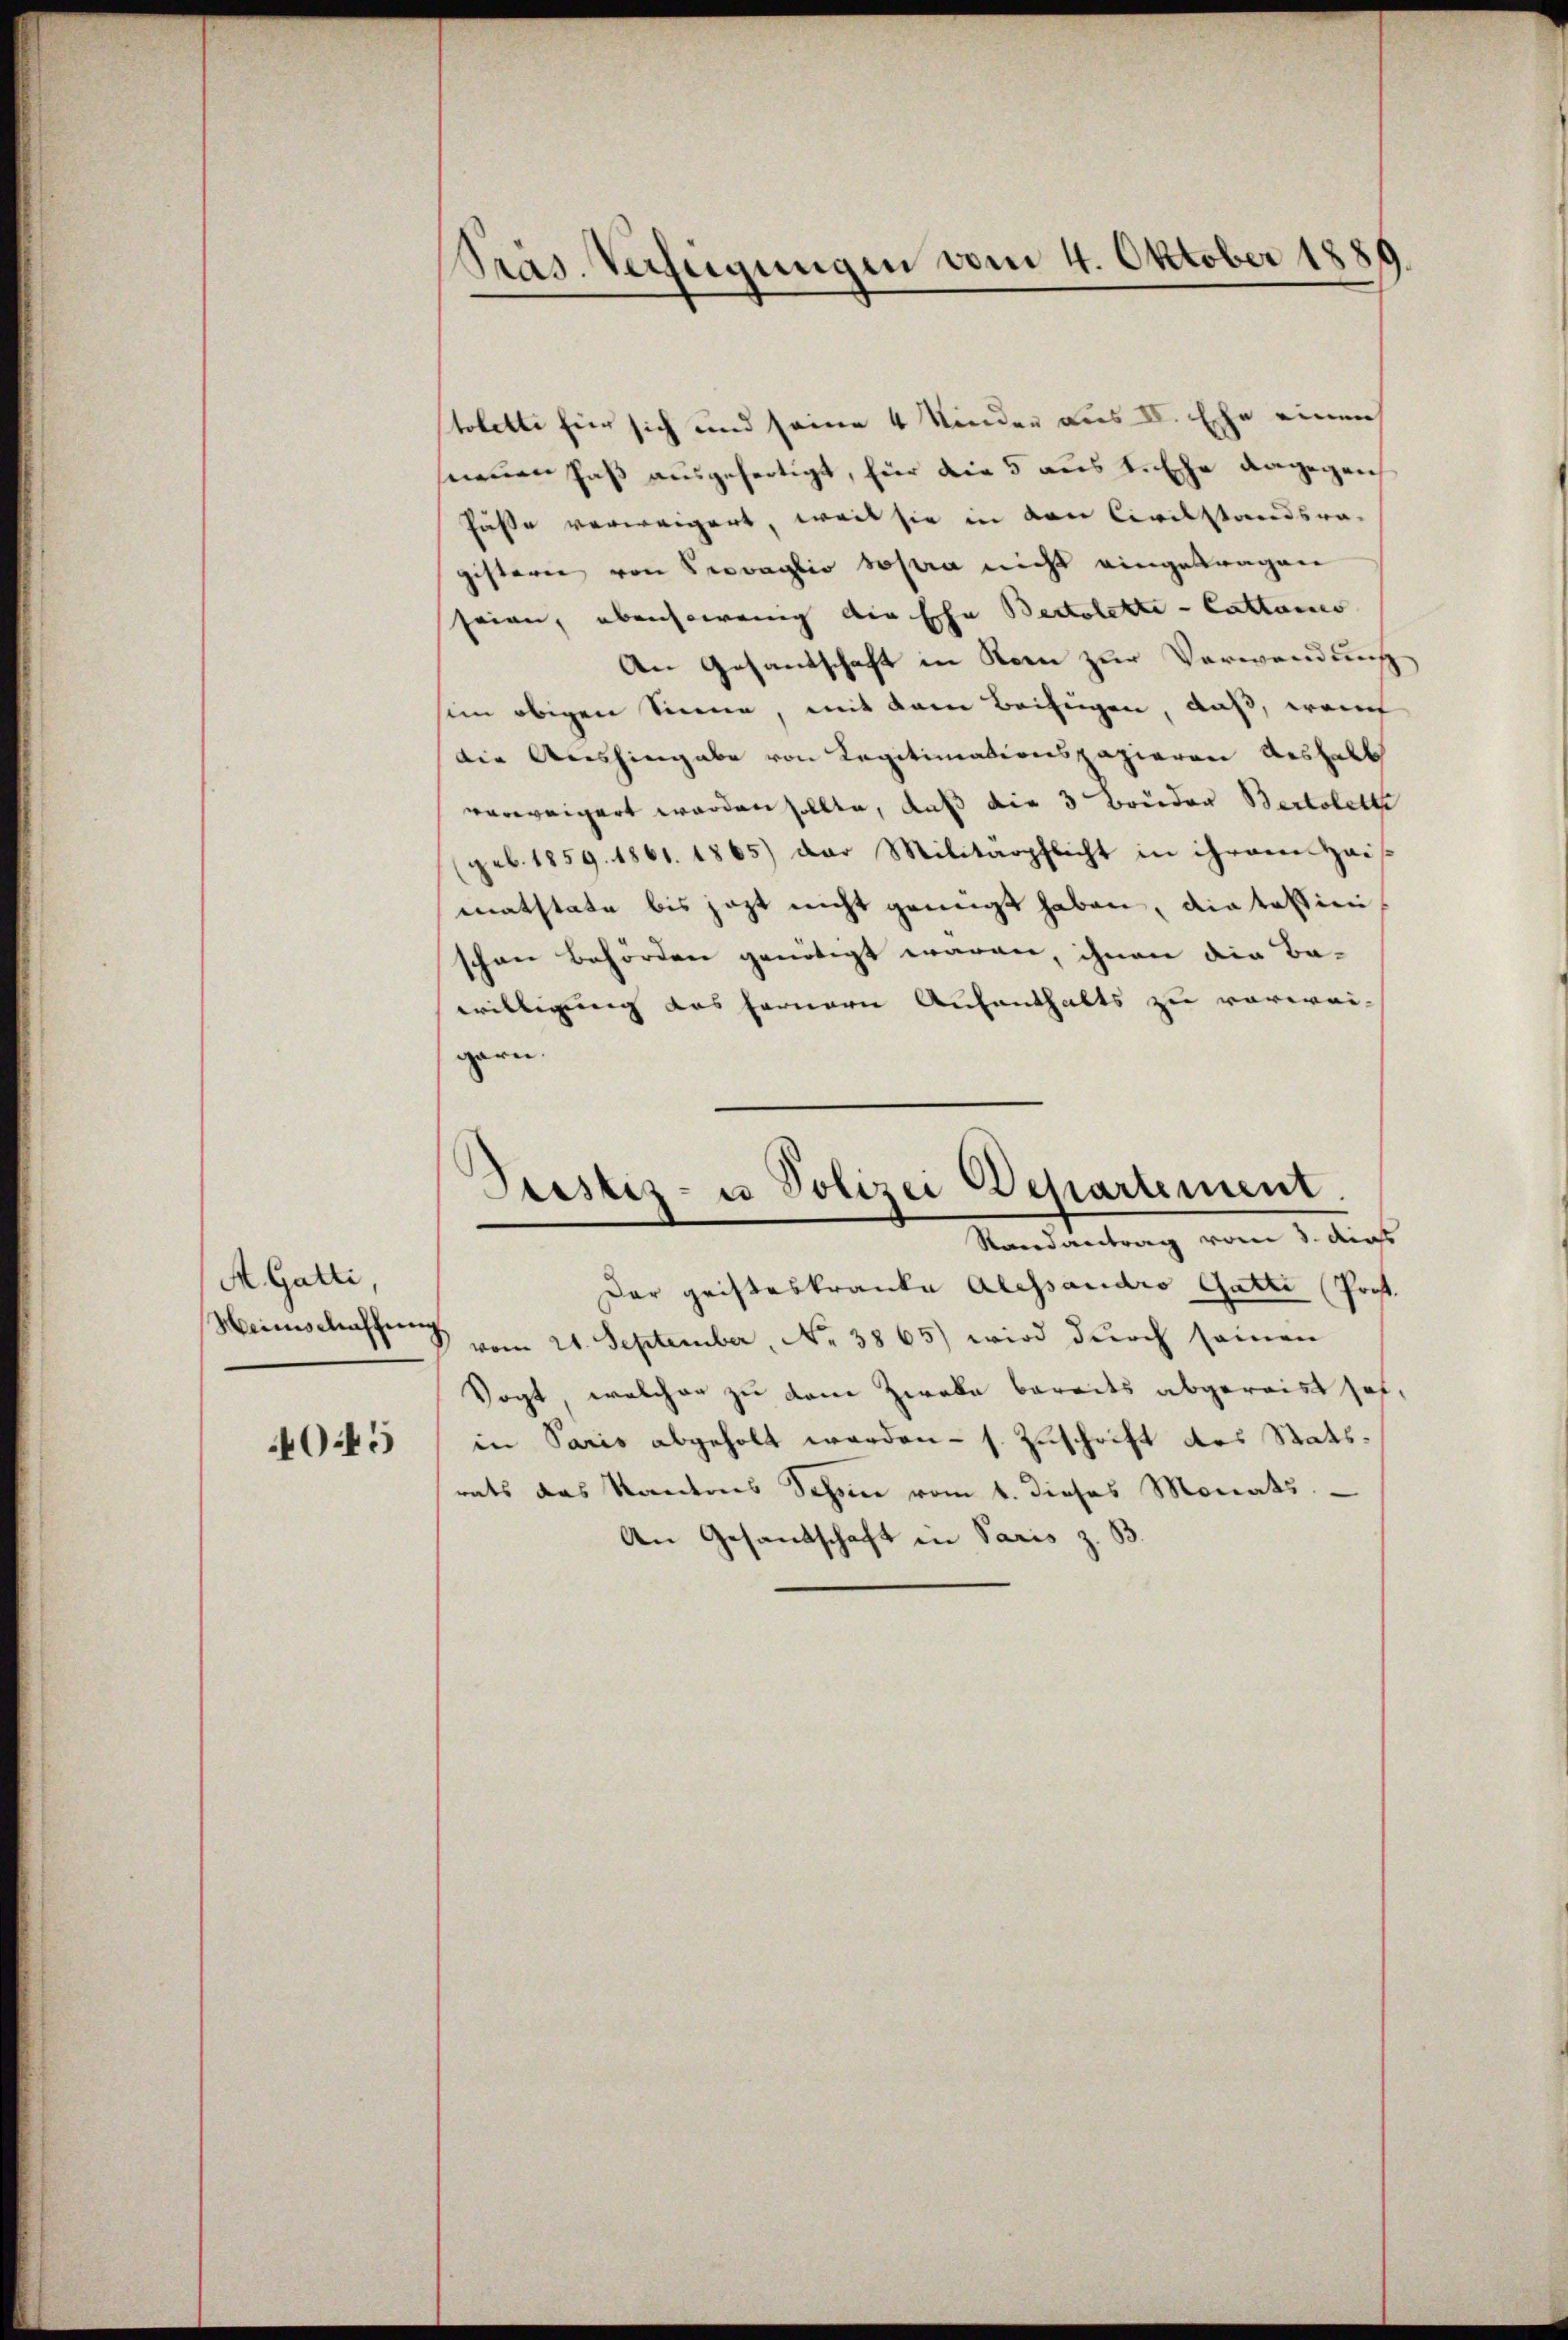
A. Gatti
Weinschaffung

4045

stoletti für sich und seine 4 Kinder aus IV. Ehe einen
neuen Paß ausgefertigt, für die 5 aus Tsche dagegen
Pässe verweigert, weil sie in den Civilstandsra-
gistern von Provaglio sopra nicht eingetragen
seien, ebensowenig die Echa Bertolette - Cattaus
An Gesandschaft in Korn zur Verwendung
sein obigen Sinne, mit dem Beifügen, daß, wen
die Aushingabe von Legitimationspazieren Aushalb
verweigert worden sollte, daß die 3 Brüder Bertolette
geb. 1859. 1861. 1865) der Militärpflicht in ihrem Hais
matstate bis jetzt nicht genügt haben, die testien
schen Behörden genötigt waren, ihnen die Ba-
willigung das fernern Aufenthalts zu vorwei-
garn.

Präs. Verfeigungen vom 4. Oktober 1886

Stestiz- u Polizei Departement.
Randantrag vom 3. dies

Der geisteskranke Alessaudro Gatti (Prof.
vom 21. September, No 3865) wird durch seinen
Vogt, welcher zu dene Zweke bereits abgereist hof-
in Paris abgeholt werden - s. Zuschrift des Statsrats das Stantons Schen vom 1. dieses Monats
An Gesandschaft in Paris z. B.